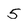
Character: 5